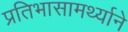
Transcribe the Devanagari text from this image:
प्रतिभासामर्थ्याने